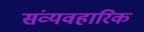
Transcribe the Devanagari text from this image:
संव्यवहारिक